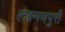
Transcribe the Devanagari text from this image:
लक्ष्मणपुरी